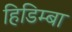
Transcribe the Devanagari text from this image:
हिडिम्‍बा